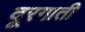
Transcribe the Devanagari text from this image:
दूरगाती